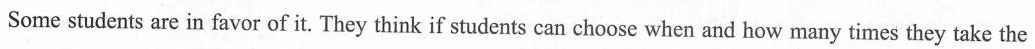
Some students are in favor of it. They think if students can choose when and how many times they take the